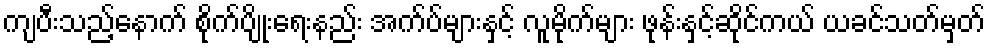
ကျပီးသည့်နောက် စိုက်ပျိုးရေးနည်း အက်ပ်များနှင့် လူမိုက်များ ဖုန်းနှင့်ဆိုင်ကယ် ယခင်သတ်မှတ်